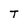
Character: T